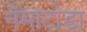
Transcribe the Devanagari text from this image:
नेमाटोडा